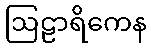
ဩဠာရိကေန